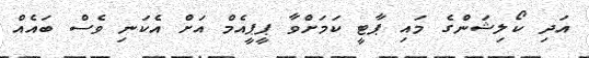
އަދި ކޯލިޝަންގެ މައި ޕާޓީ ކަމަށްވާ ޕީޕީއެމް އަށް އެކަނި ވެސް ބައެއް